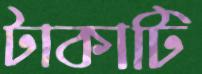
টাকাটি